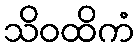
သိဝထိကံ